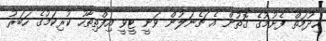
ހިދުމަތް ފެށުމުގެ ގޮތުން އެ ޗެނަލުން ވަނީ ޓީވީ އިފްތިތާހު ކުރިކަމުގެ ހަބަރު